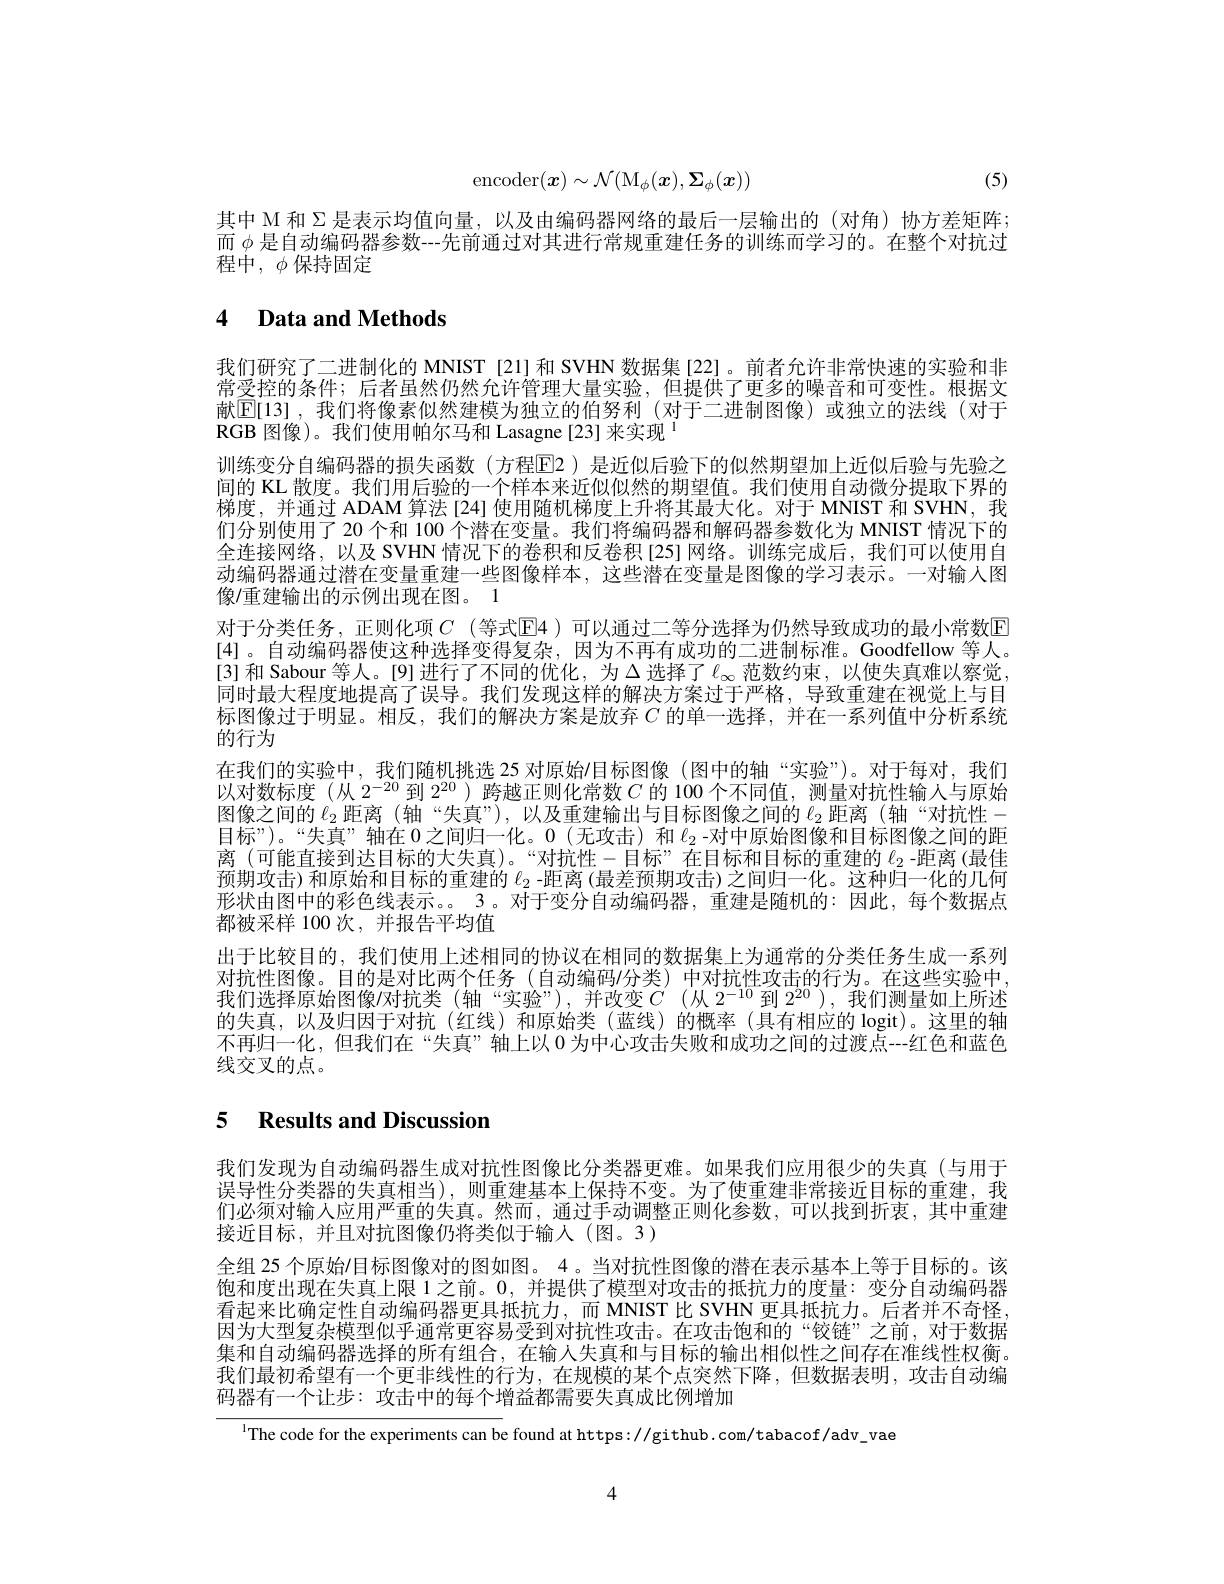
(5)
$$\mathrm{encoder}(\boldsymbol{x})\sim\mathcal{N}(\mathrm{M}_\phi(\boldsymbol{x}),\boldsymbol{\Sigma}_\phi(\boldsymbol{x}))$$
其中 M 和 Σ 是表示均值向量，以及由编码器网络的最后一层输出的(对角)协方差矩阵； 而$\phi$是自动编码器参数--先前通过对其进行常规重建任务的训练而学习的。在整个对抗过程中，$\phi$保持固定

# 4 Data and Methods

我们研究了二进制化的 MNIST[21]和 SVHN 数据集[22]。前者允许非常快速的实验和非常受控的条件；后者虽然仍然允许管理大量实验，但提供了更多的噪音和可变性。根据文献$\mathbb{E}[13]$ ,我们将像素似然建模为独立的伯努利 (对于二进制图像)或独立的法线 (对于RGB 图像)。我们使用帕尔马和 Lasagne [23] 来实现$^{1}$
训练变分自编码器的损失函数(方程$\overline{\mathrm{E}}$2)是近似后验下的似然期望加上近似后验与先验之间的 KL 散度。我们用后验的一个样本来近似似然的期望值。我们使用自动微分提取下界的梯度，并通过 ADAM 算法[24] 使用随机梯度上升将其最大化。对于 MNIST 和 SVHN, 我们分别使用了 20 个和 100 个潜在变量。我们将编码器和解码器参数化为 MNIST 情况下的全连接网络，以及 SVHN 情况下的卷积和反卷积[25]网络。训练完成后，我们可以使用自动编码器通过潜在变量重建一些图像样本，这些潜在变量是图像的学习表示。一对输人图像/重建输出的示例出现在图。1
对于分类任务，正则化项$C$ (等式E4 )可以通过二等分选择为仍然导致成功的最小常数E [4]。自动编码器使这种选择变得复杂，因为不再有成功的二进制标准。Goodfellow 等人。[3] 和 Sabour 等人。[9] 进行了不同的优化，为$\Delta$选择了$\ell_\infty$范数约束，以使失真难以察觉同时最大程度地提高了误导。我们发现这样的解决方案过于严格，导致重建在视觉上与目标图像过于明显。相反，我们的解决方案是放弃$C$ 的单一选择，并在一系列值中分析系统的行为
在我们的实验中，我们随机挑选 25 对原始/目标图像(图中的轴“实验”)。对于每对，我们以对数标度 (从$2^{-20}$到$2^{20}$ )跨越正则化常数$C$的 100 个不同值，测量对抗性输人与原始图像之间的$\ell_2$距离 (轴“失真”),以及重建输出与目标图像之间的$\ell_2$距离 (轴“对抗性目标”)。“失真”轴在0之间归一化。0(无攻击)和$\ell_{2}$ -对中原始图像和目标图像之间的距离 (可能直接到达目标的大失真)。“对抗性一目标”在目标和目标的重建的$\ell_2$ -距离 (最佳预期攻击)和原始和目标的重建的$\ell_{2}$ -距离 (最差预期攻击)之间归一化。这种归一化的几何形状由图中的彩色线表示。。3。对于变分自动编码器，重建是随机的：因此，每个数据点都被采样 100 次，并报告平均值
出于比较目的，我们使用上述相同的协议在相同的数据集上为通常的分类任务生成一系列对抗性图像。目的是对比两个任务(自动编码/分类)中对抗性攻击的行为。在这些实验中我们选择原始图像对抗类(轴“实验”),并改变$C$(从 2$^-10$到$2^{20})$,我们测量如上所述的失真，以及归因于对抗(红线)和原始类(蓝线)的概率(具有相应的 logit)。这里的轴不再归一化，但我们在“失真”轴上以0为中心攻击失败和成功之间的过渡点--红色和蓝色线交叉的点。

# 5 Results and Discussion

我们发现为自动编码器生成对抗性图像比分类器更难。如果我们应用很少的失真(与用于误导性分类器的失真相当),则重建基本上保持不变。为了使重建非常接近目标的重建，我们必须对输人应用严重的失真。然而，通过手动调整正则化参数，可以找到折衷，其中重建接近目标，并且对抗图像仍将类似于输入(图。3)
全组 25 个原始/目标图像对的图如图。4 。当对抗性图像的潜在表示基本上等于目标的。该饱和度出现在失真上限 1 之前。0,并提供了模型对攻击的抵抗力的度量：变分自动编码器看起来比确定性自动编码器更具抵抗力，而 MNIST 比 SVHN 更具抵抗力。后者并不奇怪， 因为大型复杂模型似乎通常更容易受到对抗性攻击。在攻击饱和的“铰链”之前，对于数据集和自动编码器选择的所有组合，在输人失真和与目标的输出相似性之间存在准线性权衡。我们最初希望有一个更非线性的行为，在规模的某个点突然下降，但数据表明，攻击自动编码器有一个让步：攻击中的每个增益都需要失真成比例增加

$^{1}$The code for the experiments can be found at https://github.com/tabacof/adv\_vae

4